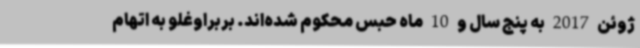
ژوئن 2017 به پنج سال و 10 ماه حبس محکوم شده‌اند. بربراوغلو به اتهام